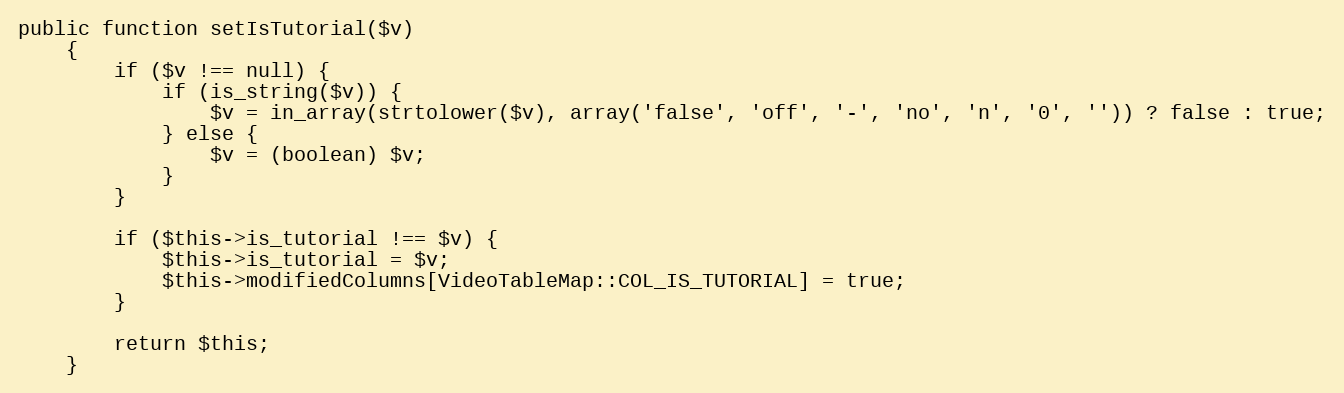
Language: PHP
public function setIsTutorial($v)
    {
        if ($v !== null) {
            if (is_string($v)) {
                $v = in_array(strtolower($v), array('false', 'off', '-', 'no', 'n', '0', '')) ? false : true;
            } else {
                $v = (boolean) $v;
            }
        }

        if ($this->is_tutorial !== $v) {
            $this->is_tutorial = $v;
            $this->modifiedColumns[VideoTableMap::COL_IS_TUTORIAL] = true;
        }

        return $this;
    }